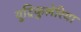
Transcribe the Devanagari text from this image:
युट्रिकुलेरिया